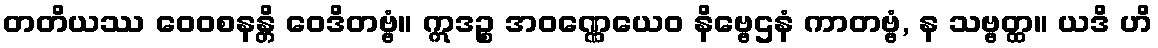
တတိယဿ ဝေဝစနန္တိ ဝေဒိတဗ္ဗံ။ ဣဒဉ္စ အဝဏ္ဏေယေဝ နိဗ္ဗေဌနံ ကာတဗ္ဗံ, န သဗ္ဗတ္ထ။ ယဒိ ဟိ